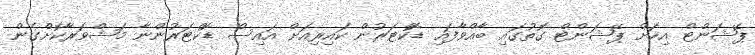
ޕޭޝަންޓް އިހަށް ޕޭޝަންޓް ގޮތުގައި ބާއްވާފައި ޑޮކްޓަރުން ކައިރިއަށް އައިސް ޑޮކްޓަރުންނާ މަޝްވަރާކޮށްގެން